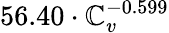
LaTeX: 56.40\cdot\mathbb{C}_{v}^{-0.599}